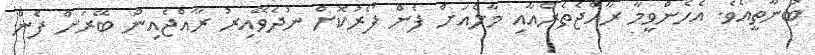
ބުނާތީއެވެ. އެހެންވީމާ ރާއްޖެތެރެއާއި މާލެއަށް ފެން ފޯރުކޮށް ނުދެވޭއިރު ރާއްޖެއިން ބޭރަށް ފެން